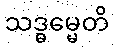
သဒ္ဓမ္မေတိ